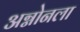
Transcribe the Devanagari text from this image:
अग्नोनला